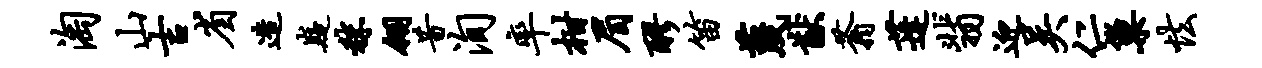
淘山吉省造嶷秣翎昔洵率柑眉醪笛蔑猷蓊蓬翡迎吴仁巢怯